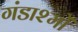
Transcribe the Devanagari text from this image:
गंडाश्मों